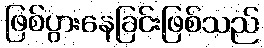
ဖြစ်ပွားနေခြင်းဖြစ်သည်